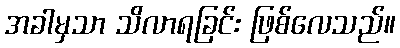
အခါမှသာ သိလာရခြင်း ဖြစ်လေသည်။